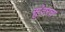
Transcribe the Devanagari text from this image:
सुंदरच